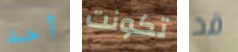
أحد تكونت قد